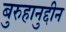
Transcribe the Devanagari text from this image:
बुरुहानुद्दीन